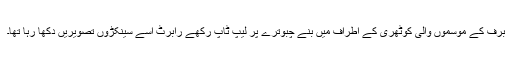
برف کے موسموں والی کوٹھری کے اطراف میں بنے چبوترے پر لیپ ٹاپ رکھے رابرٹ اُسے سینکڑوں تصویریں دِکھا رہا تھا۔